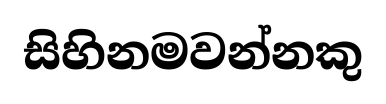
සිහිනමවන්නකු